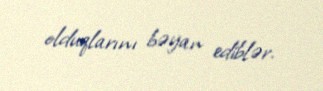
olduqlarını bəyan ediblər.